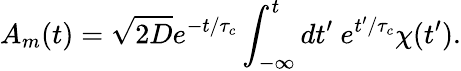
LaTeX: A_{m}(t)=\sqrt{2D}e^{-t/\tau_{c}}\int_{-\infty}^{t}dt^{\prime}\ e^{t^{\prime}/\tau_{c}}\chi(t^{\prime}).